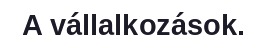
A vállalkozások.